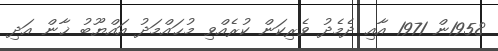
1958ން 1971 އާއި ދެމެދު ވެރިކަން ކުރެއްވި މުޙައްމަދު އައްޔޫބު ޚާން އަދި